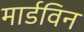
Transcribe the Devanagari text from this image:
मार्डविन